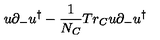
u \partial _ { - } u ^ { \dagger } - { \frac { 1 } { N _ { C } } } T r _ { C } u \partial _ { - } u ^ { \dagger }